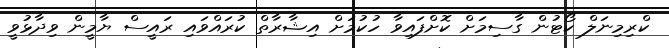
ކްރިމިނަލް ކޯޓުން ގާސިމަށް ކޮށްފައިވާ ހުކުމަށް އިޝާރާތް ކުރައްވައި ރައީސް ޔާމީން ވިދާޅުވީ